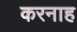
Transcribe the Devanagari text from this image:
करनाह